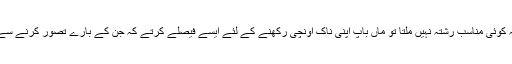
یہاں ہوتا یہ ہے کہ کوئی مناسب رشتہ نہیں ملتا تو ماں باپ اپنی ناک اونچی رکھنے کے لئے ایسے فیصلے کرتے کہ جن کے بارے تصور کرنے سے بھی ڈر لگتا ہے۔